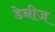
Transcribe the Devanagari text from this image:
डेनीज